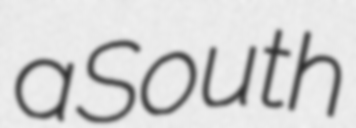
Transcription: a South